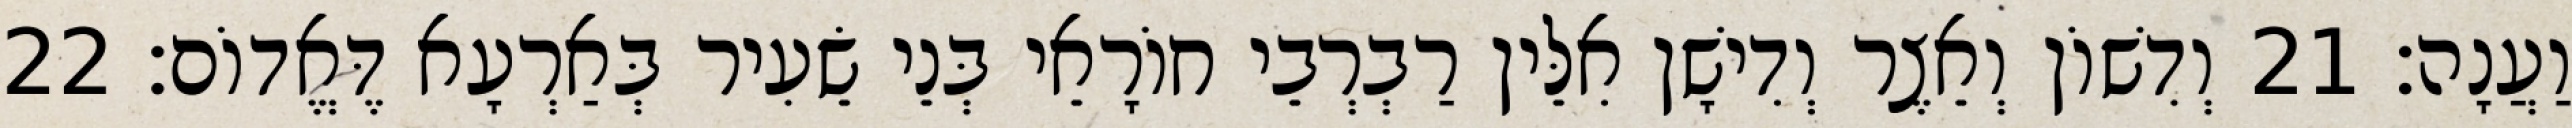
וַעֲנָה׃ 21 וְדִשׁוֹן וְאֵצֶר וְדִישָׁן אִלֵּין רַבְרְבֵי חוֹרָאֵי בְּנֵי שֵׂעִיר בְּאַרְעָא דֶּאֱדוֹם׃ 22